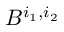
B ^ { i _ { 1 } , i _ { 2 } }